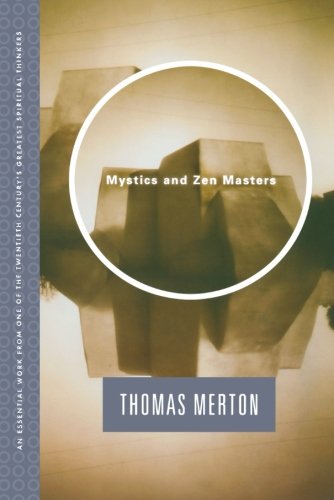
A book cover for Mystics and Zen Masters; Thomas Merton; Religion & Spirituality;